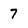
Character: 7